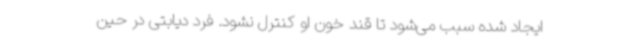
ایجاد شده سبب می‌شود تا قند خون او کنترل نشود. فرد دیابتی در حین